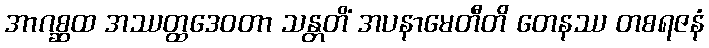
အာဂစ္ဆထ အဿတ္ထဒေဝတာ သန္တတိံ အပနာမေတီတိ တေနဿ တစရဇနံ